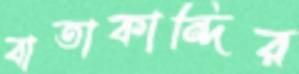
বাতাকান্দির